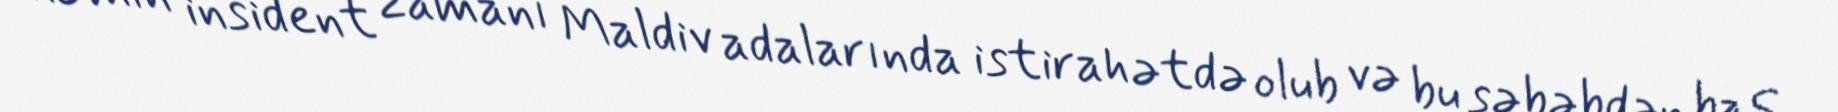
o həmin insident zamanı Maldiv adalarında istirahətdə olub və bu səbəbdən baş